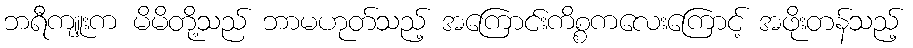
ဘရီကျူးက မိမိတို့သည် ဘာမဟုတ်သည့် အကြောင်းကိစ္စကလေးကြောင့် အဖိုးတန်သည့်